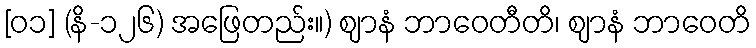
[၀၁] (နိ-၁၂၆) အဖြေတည်း။) ဈာနံ ဘာဝေတီတိ၊ ဈာနံ ဘာဝေတိ